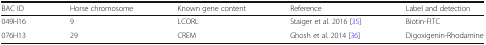
<table><thead><tr><td><b>BAC ID</b></td><td><b>Horse chromosome</b></td><td><b>Known gene content</b></td><td><b>Reference</b></td><td><b>Label and detection</b></td></tr></thead><tbody><tr><td>049H16</td><td>9</td><td>LCORL</td><td>Staiger et al. 2016 [35]</td><td>Biotin-FITC</td></tr><tr><td>076H13</td><td>29</td><td>CREM</td><td>Ghosh et al. 2014 [36]</td><td>Digoxigenin-Rhodamine</td></tr></tbody></table>